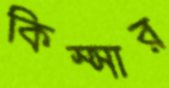
কিস্সার